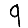
Digit: 9